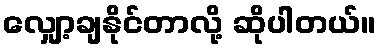
လျှော့ချနိုင်တာလို့ ဆိုပါတယ်။